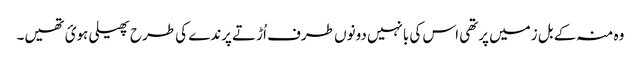
وہ منہ کے بل زمیں پرتھی اس کی بانہیں دونوں طرف اُڑتے پرندے کی طرح پھیلی ہوئ تھیں۔